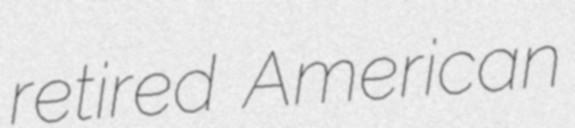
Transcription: retired American